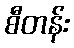
စီတန်း